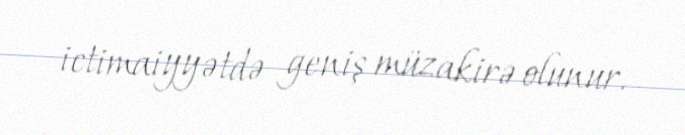
ictimaiyyətdə geniş müzakirə olunur.